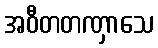
အဝီတတဏှာသေ